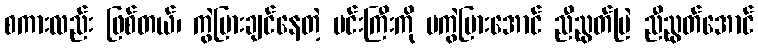
စကားလည်း ဖြစ်တယ်၊ ကွဲပြားချင်နေတဲ့ မင်းကြီးကို မကွဲပြားအောင် ညီညွတ်မြဲ ညီညွတ်အောင်